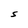
Character: S